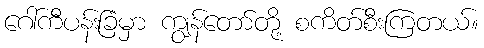
ဂေါ်ကီပန်းခြံမှာ ကျွန်တော်တို့ စကိတ်စီးကြတယ်။